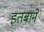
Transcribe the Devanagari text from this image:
इतबाने